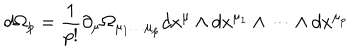
LaTeX: d \Omega _ { p } = \frac { 1 } { p ! } \partial _ { \mu } \Omega _ { \mu _ { 1 } \dots \mu _ { p } } d x ^ { \mu } \wedge d x ^ { \mu _ { 1 } } \wedge \dots \wedge d x ^ { \mu _ { p } }